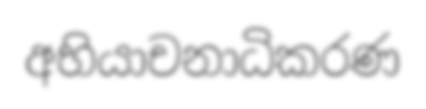
අභියාචනාධිකරණ